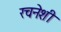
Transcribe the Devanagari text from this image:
रचनेशी